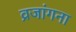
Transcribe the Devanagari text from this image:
व्रजांगना